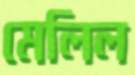
মেলিল